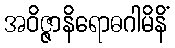
အဝိဇ္ဇာနိရောဓဂါမိနိံ